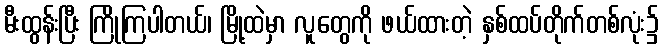
မီးထွန်းပြီး ကြိုကြပါတယ်၊ မြို့ထဲမှာ လူတွေကို ဖယ်ထားတဲ့ နှစ်ထပ်တိုက်တစ်လုံး၌